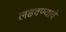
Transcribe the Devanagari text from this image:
लढवण्याचे